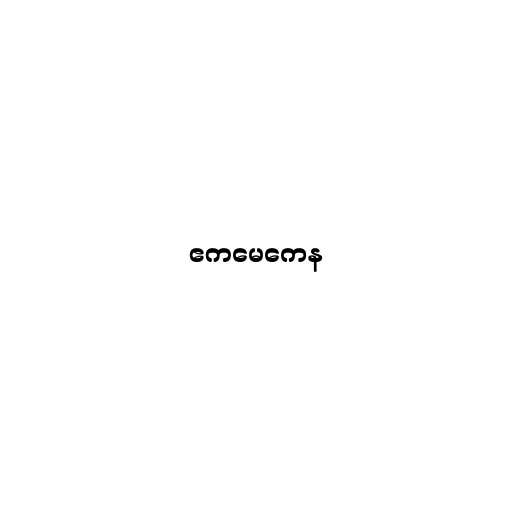
ဧကမေကေန